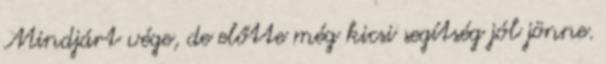
Mindjárt vége, de előtte még kicsi segítség jól jönne.